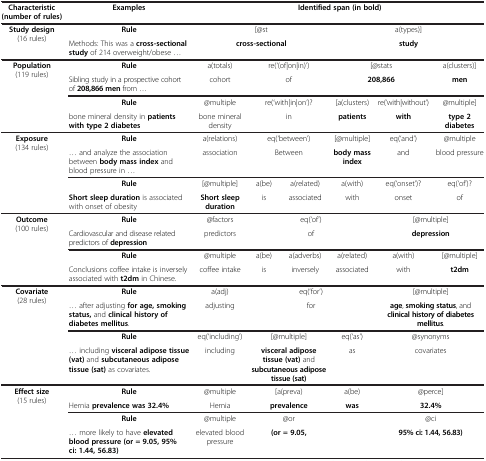
<table><thead><tr><td><b>Characteristic (number of rules)</b></td><td><b>Examples</b></td><td colspan="6"><b>Identified span (in bold)</b></td></tr></thead><tbody><tr><td rowspan="2"><b>Study design</b> (16 rules)</td><td><b>Rule</b></td><td colspan="3">[@st</td><td colspan="3">a(types)]</td></tr><tr><td>Methods: This was a <b>cross-sectional study</b> of 214 overweight/obese ...</td><td colspan="3"><b>cross-sectional</b></td><td colspan="3"><b>study</b></td></tr><tr><td rowspan="4"><b>Population</b> (119 rules)</td><td><b>Rule</b></td><td>a(totals)</td><td colspan="2">re(‘(of|on|in)’)</td><td colspan="2">[@stats</td><td>a(clusters)]</td></tr><tr><td>Sibling study in a prospective cohort of <b>208,866 men</b> from ...</td><td>cohort</td><td colspan="2">of</td><td colspan="2"><b>208,866</b></td><td><b>men</b></td></tr><tr><td><b>Rule</b></td><td>@multiple</td><td colspan="2">re(‘with|in|on’)?</td><td>[a(clusters)</td><td>re(‘with|without’)</td><td>@multiple]</td></tr><tr><td>bone mineral density in <b>patients with type 2 diabetes</b></td><td>bone mineral density</td><td colspan="2">in</td><td><b>patients</b></td><td><b>with</b></td><td><b>type 2 diabetes</b></td></tr><tr><td rowspan="4"><b>Exposure</b> (134 rules)</td><td><b>Rule</b></td><td>a(relations)</td><td colspan="2">eq(‘between’)</td><td>[@multiple]</td><td>eq(‘and’)</td><td>@multiple</td></tr><tr><td>... and analyze the association between <b>body mass index</b> and blood pressure in ...</td><td>association</td><td colspan="2">Between</td><td><b>body mass index</b></td><td>and</td><td>blood pressure</td></tr><tr><td><b>Rule</b></td><td>[@multiple]</td><td>a(be)</td><td>a(related)</td><td>a(with)</td><td>eq(‘onset’)?</td><td>eq(‘of’)?</td></tr><tr><td><b>Short sleep duration</b> is associated with onset of obesity</td><td><b>Short sleep duration</b></td><td>is</td><td>associated</td><td>with</td><td>onset</td><td>of</td></tr><tr><td rowspan="4"><b>Outcome</b> (100 rules)</td><td><b>Rule</b></td><td>@factors</td><td colspan="3">eq(‘of’)</td><td colspan="2">[@multiple]</td></tr><tr><td>Cardiovascular and disease related predictors of <b>depression</b></td><td>predictors</td><td colspan="3">of</td><td colspan="2"><b>depression</b></td></tr><tr><td><b>Rule</b></td><td>@multiple</td><td>a(be)</td><td>a(adverbs)</td><td>a(related)</td><td>a(with)</td><td>[@multiple]</td></tr><tr><td>Conclusions coffee intake is inversely associated with <b>t2dm</b> in Chinese.</td><td>coffee intake</td><td>is</td><td>inversely</td><td>associated</td><td>with</td><td><b>t2dm</b></td></tr><tr><td rowspan="4"><b>Covariate</b> (28 rules)</td><td><b>Rule</b></td><td>a(adj)</td><td colspan="3">eq(‘for’)</td><td colspan="2">[@multiple]</td></tr><tr><td>... after adjusting <b>for age, smoking status,</b> and <b>clinical history of diabetes mellitus</b>.</td><td>adjusting</td><td colspan="3">for</td><td colspan="2"><b>age</b>, <b>smoking status</b>, and <b>clinical history of diabetes mellitus</b>.</td></tr><tr><td><b>Rule</b></td><td>eq(‘including’)</td><td colspan="2">[@multiple]</td><td>eq(‘as’)</td><td colspan="2">@synonyms</td></tr><tr><td>... including <b>visceral adipose tissue (vat)</b> and <b>subcutaneous adipose tissue (sat)</b> as covariates.</td><td>including</td><td colspan="2"><b>visceral adipose tissue (vat)</b> and <b>subcutaneous adipose tissue (sat)</b></td><td>as</td><td colspan="2">covariates</td></tr><tr><td rowspan="4"><b>Effect size</b> (15 rules)</td><td><b>Rule</b></td><td>@multiple</td><td colspan="2">[a(preva)</td><td>a(be)</td><td colspan="2">@perce]</td></tr><tr><td>Hernia <b>prevalence was 32.4%</b></td><td>Hernia</td><td colspan="2"><b>prevalence</b></td><td><b>was</b></td><td colspan="2"><b>32.4%</b></td></tr><tr><td><b>Rule</b></td><td>@multiple</td><td colspan="2">@or</td><td> </td><td colspan="2">@ci</td></tr><tr><td>... more likely to have <b>elevated blood pressure (or = 9.05, 95% ci: 1.44, 56.83)</b></td><td>elevated blood pressure</td><td colspan="2"><b>(or = 9.05,</b></td><td> </td><td colspan="2"><b>95% ci: 1.44, 56.83)</b></td></tr></tbody></table>